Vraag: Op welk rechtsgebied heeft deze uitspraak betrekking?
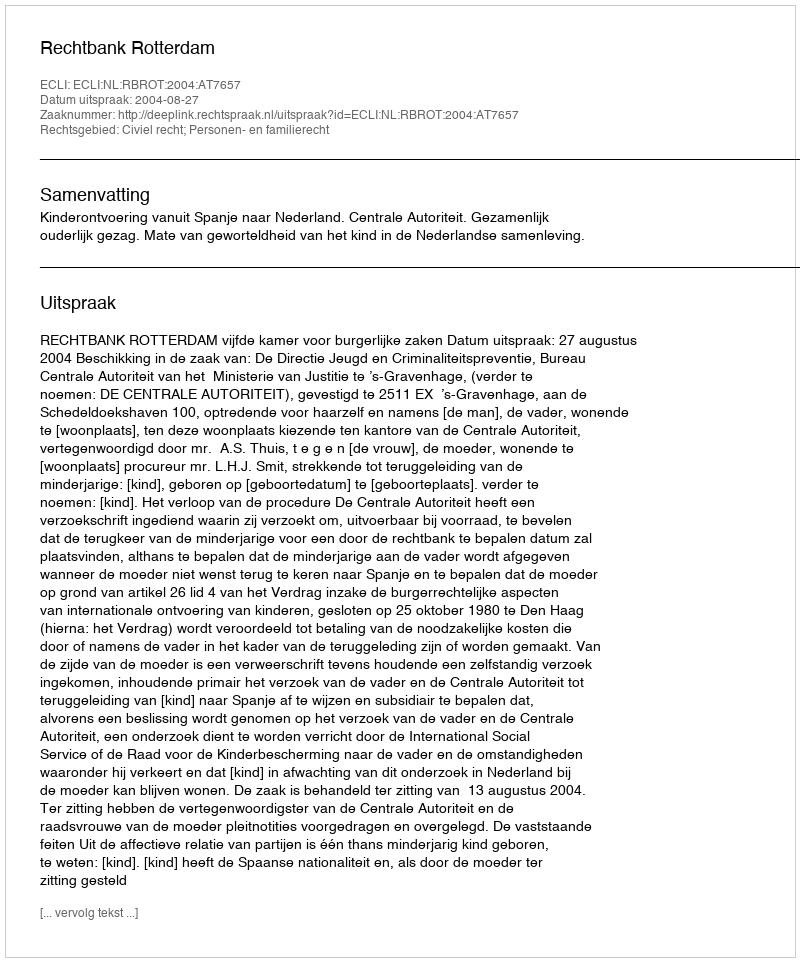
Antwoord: Civiel recht; Personen- en familierecht